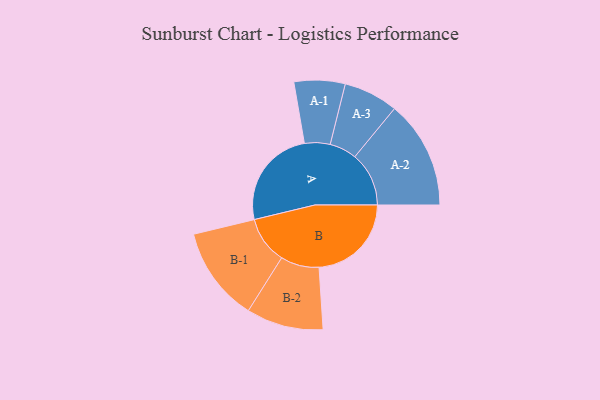
{"axis": {"x": "Segment", "y": "Value"}, "legend": ["", "A", "B"], "data": [{"x": "A", "y": 464, "type": ""}, {"x": "B", "y": 427, "type": ""}, {"x": "A-1", "y": 118, "type": "A"}, {"x": "A-2", "y": 250, "type": "A"}, {"x": "A-3", "y": 126, "type": "A"}, {"x": "B-1", "y": 219, "type": "B"}, {"x": "B-2", "y": 178, "type": "B"}]}